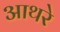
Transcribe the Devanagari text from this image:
आथरे